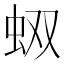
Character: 𧉐